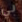
بي